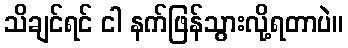
သိချင်ရင် ငါ နက်ဖြန်သွားလို့ရတာပဲ။